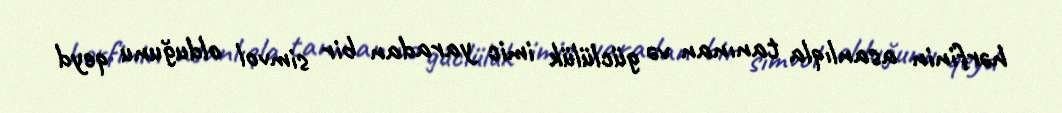
hərfinin asanlıqla tanınan və güclülük imic yaradan bir simvol olduğunu qeyd